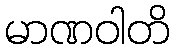
မာဏဝါတိ